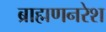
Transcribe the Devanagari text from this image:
ब्राह्मणनरेश